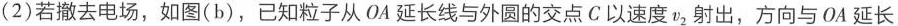
(2)若撤去电场，如图(b)，已知粒子从OA延长线与外圆的交点C以速度v_{2}射出，方向与OA延长